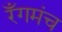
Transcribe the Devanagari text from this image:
रँगमंच